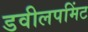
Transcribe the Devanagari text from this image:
डवीलपमिंट